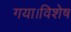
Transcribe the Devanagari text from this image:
गया।विशेष